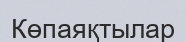
Көпаяқтылар